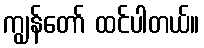
ကျွန်တော် ထင်ပါတယ်။